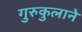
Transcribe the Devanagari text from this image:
गुरुकुलाने